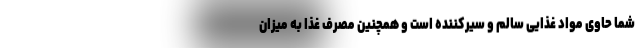
شما حاوی مواد غذایی سالم و سیرکننده است و همچنین مصرف غذا به میزان